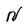
Character: N